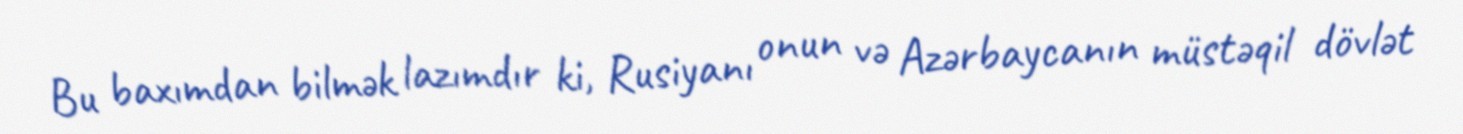
Bu baxımdan bilmək lazımdır ki, Rusiyanı onun və Azərbaycanın müstəqil dövlət